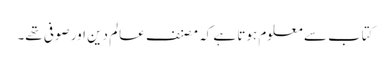
کتاب سے معلوم ہوتا ہے کہ مصنف عالم دین اور صوفی تھے۔